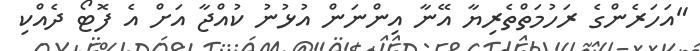
"އަހަރެންގެ ރަހުމަތްތެރިޔާ އޭނާ އިންނަން އުޅުނު ކުއްޖާ އަށް އެ ފޮޓޯ ދެއްކި